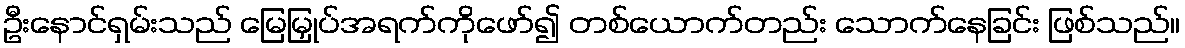
ဦးနောင်ရှမ်းသည် မြေမြှုပ်အရက်ကိုဖော်၍ တစ်ယောက်တည်း သောက်နေခြင်း ဖြစ်သည်။